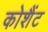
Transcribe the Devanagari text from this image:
कोशैंट